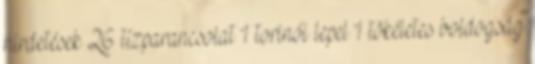
hirdetések 26 tízparancsolat 1 torinói lepel 1 tökéletes boldogság